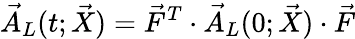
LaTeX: \vec{A}_{L}(t;\vec{X})=\vec{F}^{T}\cdot\vec{A}_{L}(0;\vec{X})\cdot\vec{F}